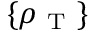
\{ \rho _ { \mathrm { ~ T ~ } } \}